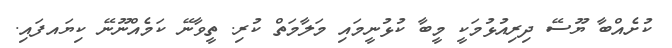
ކުށެއްބާ ޔޫސޭ ދިރިއުޅުމަކީ މީބާ ކުޅުނީމައި މަލާމަތް ކުރި. ތީވާނޭ ކަމެއްނޫނޭ ކިޔައފައި.